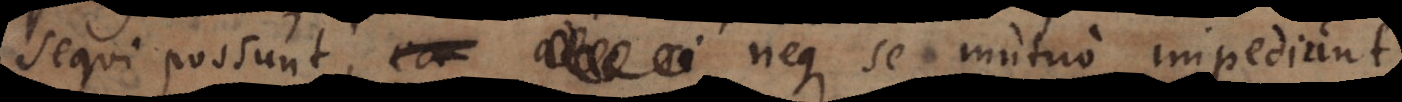
sequi possunt, neque se mutuo impediunt,